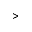
>